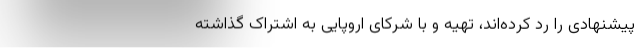
پیشنهادی را رد کرده‌اند، تهیه و با شرکای اروپایی به اشتراک گذاشته